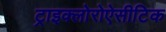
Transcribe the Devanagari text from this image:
ट्राइक्लोरोऐसीटिक